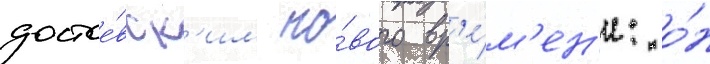
достое́вск'им но́вого вр'е́м'ен'и: о́н